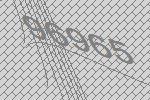
96965